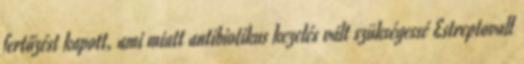
fertőzést kapott, ami miatt antibiotikus kezelés vált szükségessé Estreptovall